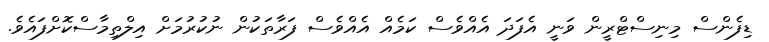
ޑިފެންސް މިނިސްޓްރީން ވަނީ އެފަދަ އެއްވެސް ކަމެއް އެއްވެސް ފަރާތަކުން ނުކުރުމަށް އިލްތިމާސްކޮށްފައެވެ.